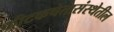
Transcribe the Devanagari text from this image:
कीटकचेतासंस्थेतील